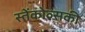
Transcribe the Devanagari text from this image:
स्तेंकोव्सकी